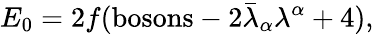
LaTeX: E_{0}=2f(\mathrm{bosons}-2\bar{\lambda}_{\alpha}\lambda^{\alpha}+4),